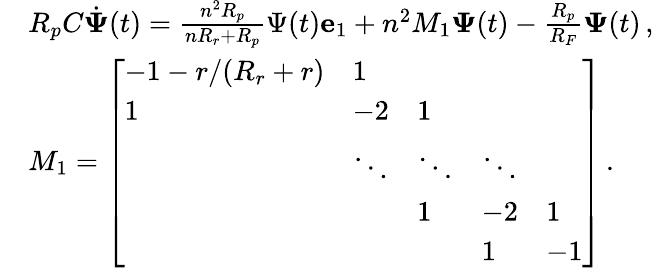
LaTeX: \begin{array}{rl}&{R_{p}C\dot{\boldsymbol{\Psi}}(t)=\frac{n^{2}R_{p}}{nR_{r}+R_{p}}\Psi(t)\mathbf{e}_{1}+n^{2}M_{1}\boldsymbol{\Psi}(t)-\frac{R_{p}}{R_{F}}\boldsymbol{\Psi}(t)\, ,}\\ &{M_{1}=\left[\begin{array}{lllll}{-1-r/(R_{r}+r)}&{1}&&&\\ {1}&{-2}&{1}&&\\ &{\ddots}&{\ddots}&{\ddots}&\\ &&{1}&{-2}&{1}\\ &&&{1}&{-1}\end{array}\right]\, .}\end{array}